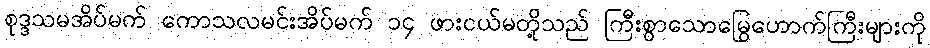
စုဒ္ဒသမအိပ်မက် ကောသလမင်းအိပ်မက် ၁၄ ဖားငယ်မတို့သည် ကြီးစွာသောမြွေဟောက်ကြီးများကို